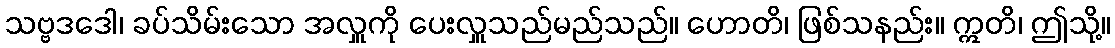
သဗ္ဗဒဒေါ၊ ခပ်သိမ်းသော အလှူကို ပေးလှူသည်မည်သည်။ ဟောတိ၊ ဖြစ်သနည်း။ ဣတိ၊ ဤသို့။